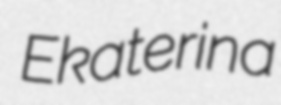
Ekaterina